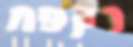
רקפת